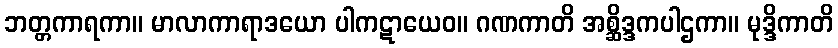
ဘတ္တကာရကာ။ မာလာကာရာဒယော ပါကဋာယေဝ။ ဂဏကာတိ အစ္ဆိဒ္ဒကပါဌကာ။ မုဒ္ဒိကာတိ